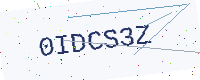
Text: 0IDCS3Z